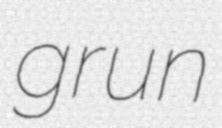
grun